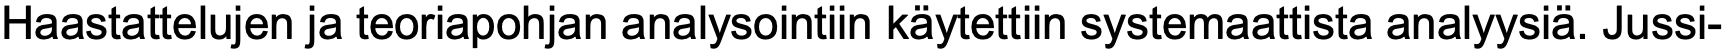
Haastattelujen ja teoriapohjan analysointiin käytettiin systemaattista analyysiä. Jussi-